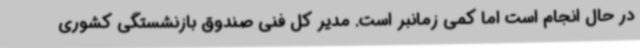
در حال انجام است اما کمی زمانبر است. مدیر کل فنی صندوق بازنشستگی کشوری